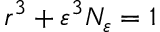
r ^ { 3 } + \varepsilon ^ { 3 } N _ { \varepsilon } = 1